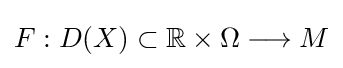
F:D(X)\subset \mathbb {R} \times \Omega \longrightarrow M